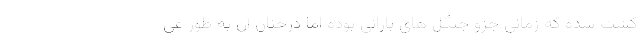
کشت شده که زمانی جزو جنگل های بارانی بوده اما درختان آن به طور غی